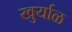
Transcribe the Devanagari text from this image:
खुर्याळ